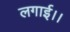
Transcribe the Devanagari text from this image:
लगाई।।